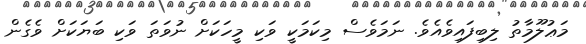
މަޢުލޫމާތު ލިބިފައިވެއެވެ. ނަމަވެސް މިކަމަކީ ވަކި މީހަކަށް ނުވަތަ ވަކި ބަޔަކަށް ވެގެން